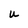
Character: U